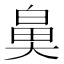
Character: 𮮰